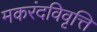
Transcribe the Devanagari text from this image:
मकरंदविवृत्ति